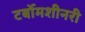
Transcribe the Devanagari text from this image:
टर्बोमशीनरी